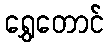
ရွှေတောင်